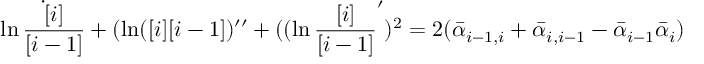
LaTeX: \dot { \ln { \frac { [ i ] } { [ i - 1 ] } } } + ( \ln ( [ i ] [ i - 1 ] ) ^ { \prime \prime } + ( ( \ln { \frac { [ i ] } { [ i - 1 ] } } ^ { \prime } ) ^ { 2 } = 2 ( \bar { \alpha } _ { i - 1 , i } + \bar { \alpha } _ { i , i - 1 } - \bar { \alpha } _ { i - 1 } \bar { \alpha } _ { i } )